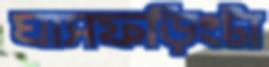
ঘাসফড়িংটা